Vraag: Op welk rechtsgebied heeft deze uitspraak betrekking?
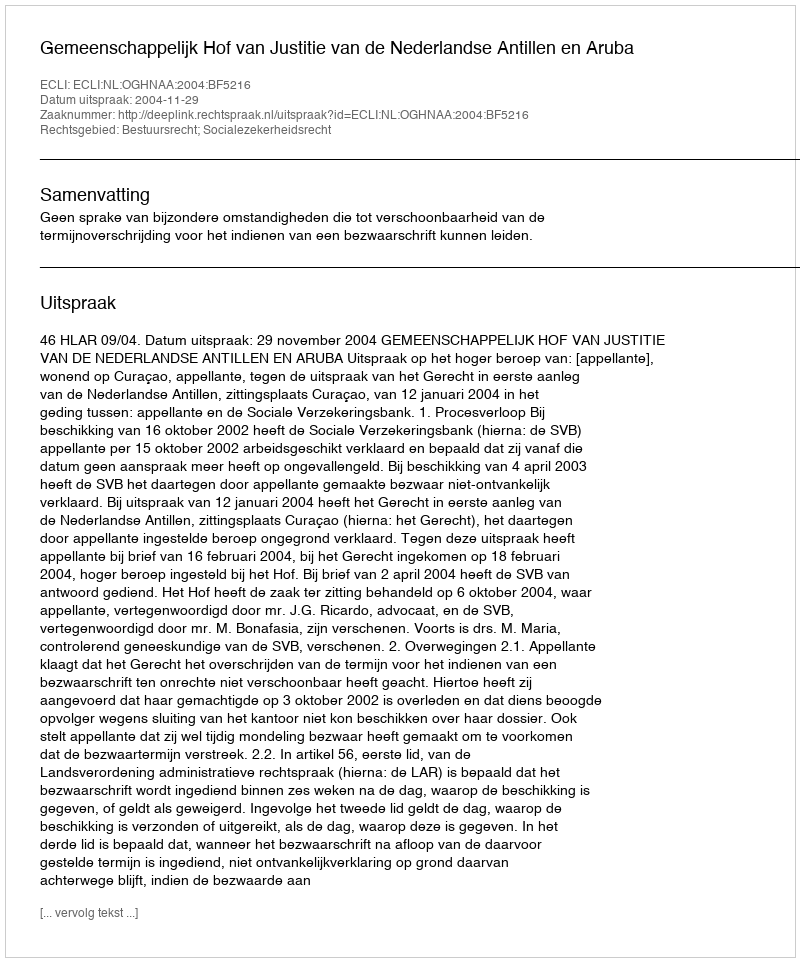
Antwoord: Bestuursrecht; Socialezekerheidsrecht